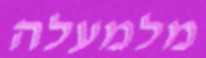
מלמעלה